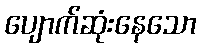
ပျောက်ဆုံးနေသော